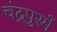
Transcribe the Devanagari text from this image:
चंद्रपुरमें